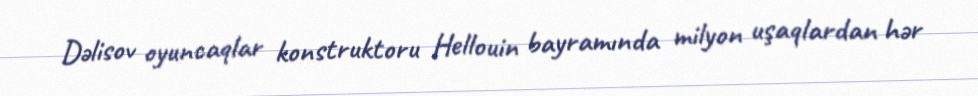
Dəlisov oyuncaqlar konstruktoru Hellouin bayramında milyon uşaqlardan hər